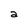
Character: a